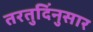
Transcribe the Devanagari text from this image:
तरतुदिंनुसार